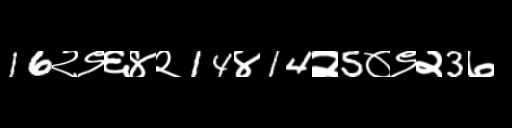
Text: 16२९६४२14४14२5०९२3७